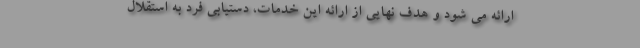
ارائه می شود و هدف نهایی از ارائه این خدمات، دستیابی فرد به استقلال